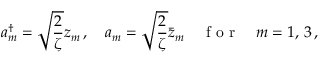
a _ { m } ^ { \dagger } = \sqrt { \frac { 2 } { \zeta } } z _ { m } \, , \quad a _ { m } = \sqrt { \frac { 2 } { \zeta } } \bar { z } _ { m } \quad \textrm { f o r } \quad m = 1 , \, 3 \, ,